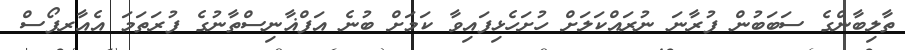
ތާލިބާންގެ ސަބަބުން ފުރާނަ ނުރައްކަލަށް ހުށަހެޅިފައިވާ ކަމަށް ބުނެ އަފްޣާނިސްތާނުގެ ފުރަތަމަ އެއާރފޯސް